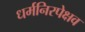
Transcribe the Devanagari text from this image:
धर्मनिरपेक्षव